画像に写った文字を読んでください
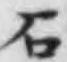
「石」と書いてあります